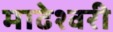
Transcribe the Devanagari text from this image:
माढेश्वरी